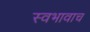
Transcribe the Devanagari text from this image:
स्वभावाच